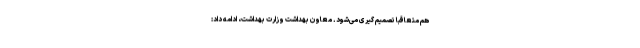
هم متعاقبا تصمیم گیری می‌شود. معاون بهداشت وزارت بهداشت، ادامه داد: